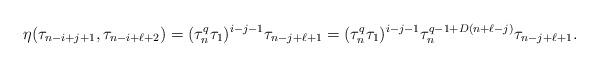
LaTeX: \begin{align*}\eta(\tau_{n-i+j+1}, \tau_{n-i+\ell+2})=(\tau_n^q \tau_1)^{i-j-1} \tau_{n-j+\ell+1}=(\tau_n^q \tau_1)^{i-j-1} \tau_n^{q-1+D(n+\ell-j)}\tau_{n-j+\ell+1}.\end{align*}